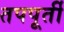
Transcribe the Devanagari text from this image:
तपपूर्ती